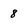
Character: 8